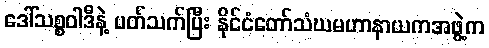
ဒေါ်သစ္စဝါဒီနဲ့ ပတ်သက်ပြီး နိုင်ငံတော်သံဃမဟာနာယကအဖွဲ့က